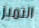
التميز